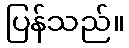
ပြန်သည်။